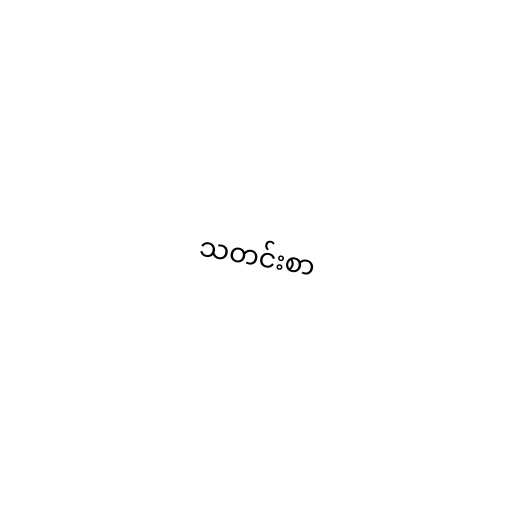
သတင်းစာ